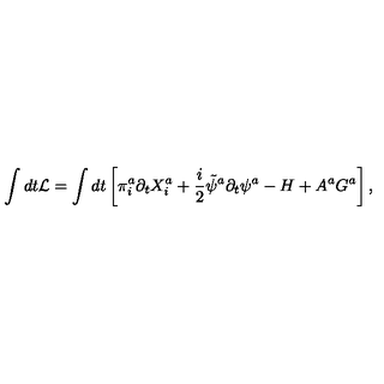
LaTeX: \int d t { \cal L } = \int d t \left[ \pi _ { i } ^ { a } \partial _ { t } X _ { i } ^ { a } + \frac { i } { 2 } \tilde { \psi } ^ { a } \partial _ { t } \psi ^ { a } - H + A ^ { a } G ^ { a } \right] ,